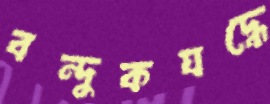
বন্দুকযদ্ধে